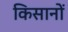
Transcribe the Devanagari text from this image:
किसानों